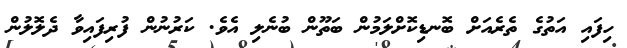
ހިފައި އަތުގެ ތެރެއަށް ބޮނޑިކޮށްލަމުން ބަތޫން ބުނެލި އެވެ. ކަރުނުން ފުރިފައިވާ ދެލޮލުން